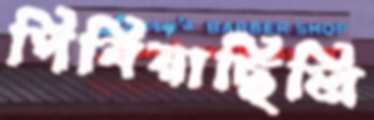
পিষিয়াছিলি